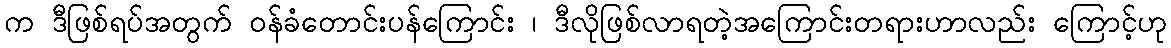
က ဒီဖြစ်ရပ်အတွက် ဝန်ခံတောင်းပန်ကြောင်း ၊ ဒီလိုဖြစ်လာရတဲ့အကြောင်းတရားဟာလည်း ကြောင့်ဟု